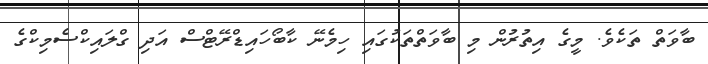
ބާވަތް ތަކެވެ. މީގެ އިތުރުން މި ބާވަތްތަކުގައި ހިމެނޭ ކާބޯހައިޑްރޭޓްސް އަދި ގްލައިކްސެމިކްގެ